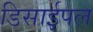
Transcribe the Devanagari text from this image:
डिसाईपल